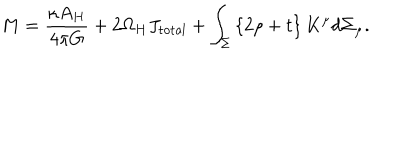
M = { \frac { \kappa A _ { H } } { 4 \pi G } } + 2 \Omega _ { H } J _ { \mathrm { t o t a l } } + \int _ { \Sigma } \left\{ 2 \rho + t \right\} K ^ { \mu } d \Sigma _ { \mu } .